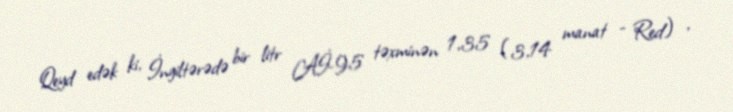
Qeyd edək ki, İngiltərədə bir litr Aİ-95 təxminən 1,35 (3,14 manat - Red) ,